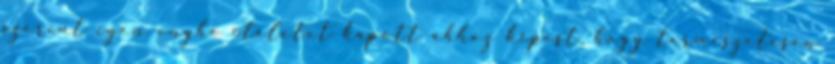
szerint igen enyhe ítéletet kapott ahhoz képest, hogy természetesen